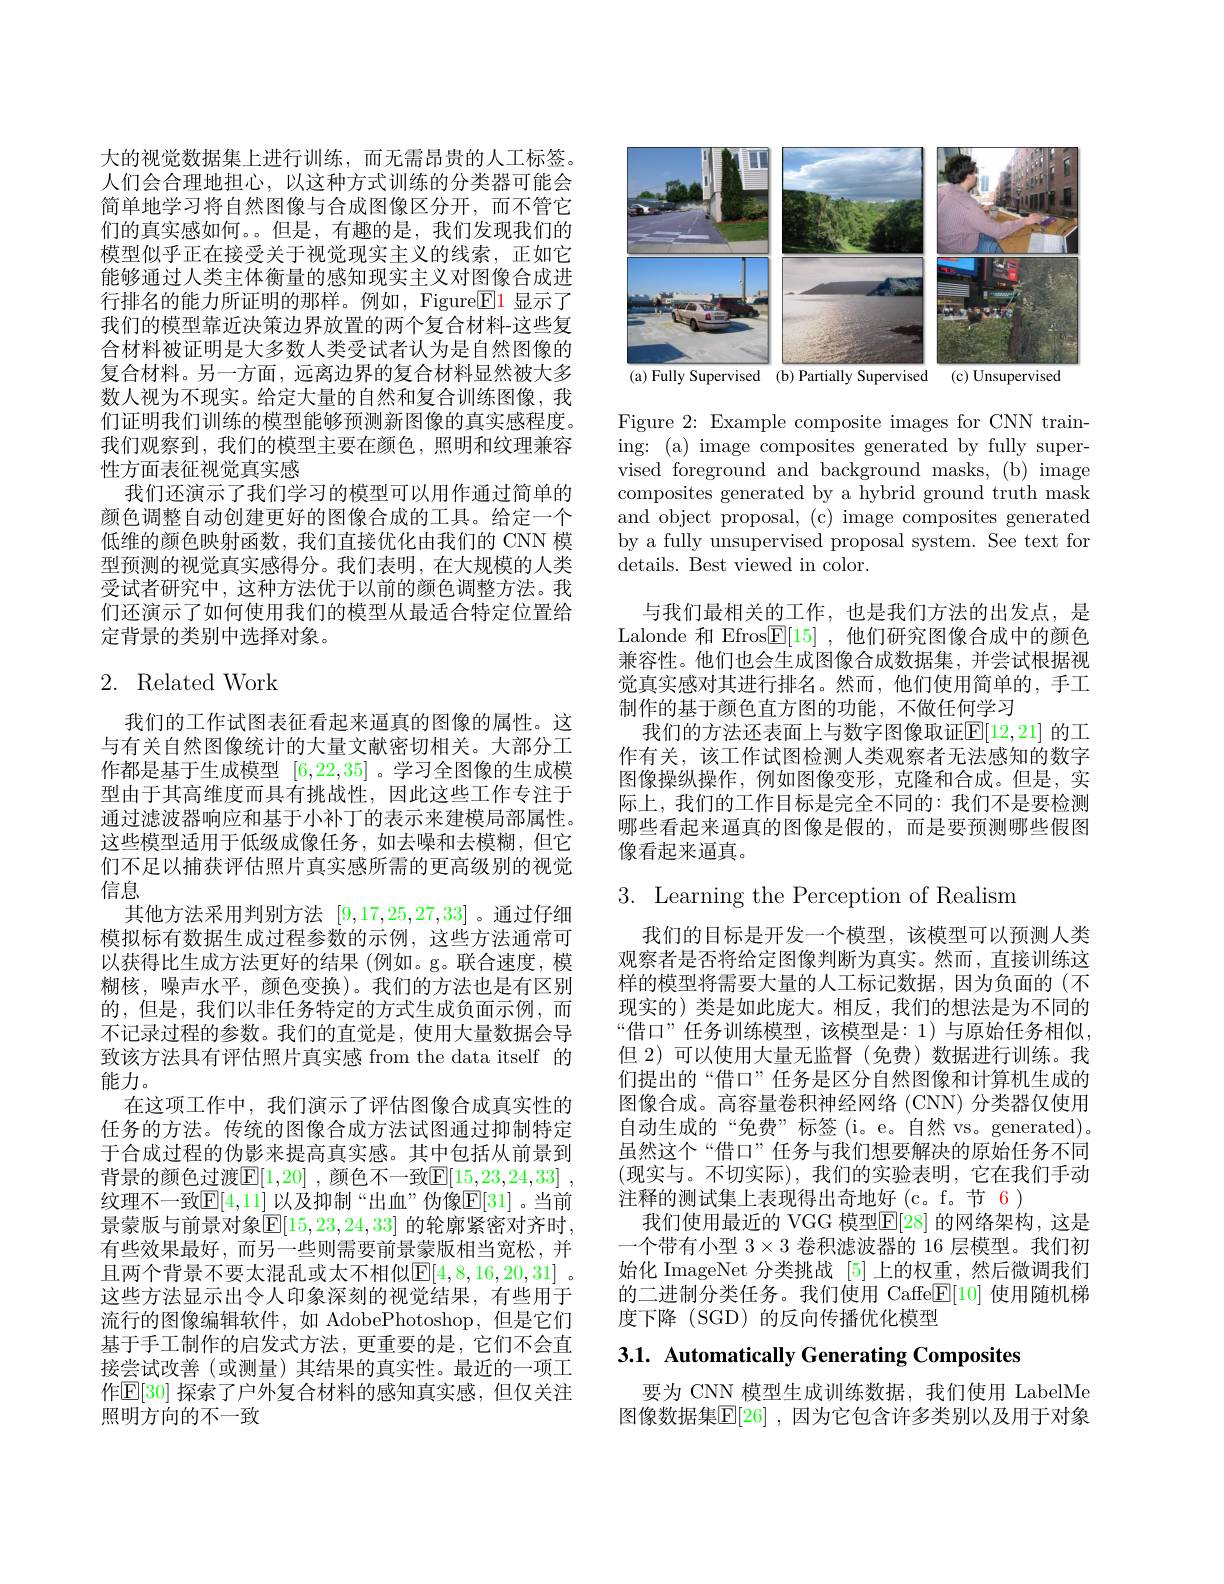
大的视觉数据集上进行训练，而无需昂贵的人工标签。人们会合理地担心，以这种方式训练的分类器可能会简单地学习将自然图像与合成图像区分开，而不管它们的真实感如何。。但是，有趣的是，我们发现我们的模型似乎正在接受关于视觉现实主义的线索，正如它能够通过人类主体衡量的感知现实主义对图像合成进行排名的能力所证明的那样。例如，Figure$\boxed{\mathrm{E}}1$显示了我们的模型靠近决策边界放置的两个复合材料-这些复合材料被证明是大多数人类受试者认为是自然图像的复合材料。另一方面，远离边界的复合材料显然被大多数人视为不现实。给定大量的自然和复合训练图像，我们证明我们训练的模型能够预测新图像的真实感程度。我们观察到，我们的模型主要在颜色，照明和纹理兼容性方面表征视觉真实感
我们还演示了我们学习的模型可以用作通过简单的颜色调整自动创建更好的图像合成的工具。给定一个低维的颜色映射函数，我们直接优化由我们的 CNN 模型预测的视觉真实感得分。我们表明，在大规模的人类受试者研究中，这种方法优于以前的颜色调整方法。我们还演示了如何使用我们的模型从最适合特定位置给定背景的类别中选择对象。

## 2. Related Work

我们的工作试图表征看起来逼真的图像的属性。这与有关自然图像统计的大量文献密切相关。大部分工作都是基于生成模型[6,22,35] 。学习全图像的生成模型由于其高维度而具有挑战性，因此这些工作专注于通过滤波器响应和基于小补丁的表示来建模局部属性。这些模型适用于低级成像任务，如去噪和去模糊，但它们不足以捕获评估照片真实感所需的更高级别的视觉信息
其他方法采用判别方法[9,17,25,27,33] 。通过仔细模拟标有数据生成过程参数的示例，这些方法通常可以获得比生成方法更好的结果 (例如。g。联合速度，模糊核，噪声水平，颜色变换)。我们的方法也是有区别的，但是，我们以非任务特定的方式生成负面示例，而不记录过程的参数。我们的直觉是，使用大量数据会导致该方法具有评估照片真实感 from the data itself 的能力。
在这项工作中，我们演示了评估图像合成真实性的任务的方法。传统的图像合成方法试图通过抑制特定于合成过程的伪影来提高真实感。其中包括从前景到背景的颜色过渡$\boxed{\mathrm{E}}[1,20]$ ,颜色不一致$\boxed{\mathrm{F}}[15,23,24,33]$ , 纹理不一致$\mathbb{E}[4,11]$ 以及抑制“出血”伪像$\mathbb{E}[31]$。当前景蒙版与前景对象$\mathbb{E}[15,23,24,33]$ 的轮廓紧密对齐时， 有些效果最好，而另一些则需要前景蒙版相当宽松，并且两个背景不要太混乱或太不相似$\mathbb{E}[4,8,16,20,31]$ 。这些方法显示出令人印象深刻的视觉结果，有些用于流行的图像编辑软件，如 AdobePhotoshop,但是它们基于手工制作的启发式方法，更重要的是，它们不会直接尝试改善(或测量)其结果的真实性。最近的一项工作$\mathbb{E}[30]$ 探索了户外复合材料的感知真实感，但仅关注照明方向的不一致

<FigureHere>

Figure 2: Example composite images for CNN training: (a) image composites generated by fully supervised foreground and background masks, (b) image composites generated by a hybrid ground truth mask and object proposal, (c) image composites generated by a fully unsupervised proposal system. See text for details. Best viewed in color.

与我们最相关的工作，也是我们方法的出发点，是Lalonde 和 Efros$\boxed{\mathbb{E}}[15]$ ,他们研究图像合成中的颜色兼容性。他们也会生成图像合成数据集，并尝试根据视觉真实感对其进行排名。然而，他们使用简单的，手工制作的基于颜色直方图的功能，不做任何学习
我们的方法还表面上与数字图像取证$\mathbb{E}[12,21]$ 的工作有关，该工作试图检测人类观察者无法感知的数字图像操纵操作，例如图像变形，克隆和合成。但是，实际上，我们的工作目标是完全不同的：我们不是要检测哪些看起来逼真的图像是假的，而是要预测哪些假图像看起来逼真。

3. Learning the Perception of Realism

我们的目标是开发一个模型，该模型可以预测人类观察者是否将给定图像判断为真实。然而，直接训练这样的模型将需要大量的人工标记数据，因为负面的(不现实的)类是如此庞大。相反，我们的想法是为不同的“借口”任务训练模型，该模型是：1)与原始任务相似， 但 2)可以使用大量无监督(免费)数据进行训练。我们提出的“借口”任务是区分自然图像和计算机生成的图像合成。高容量卷积神经网络 (CNN) 分类器仅使用自动生成的“免费”标签(i。e。自然 vs。generated)。虽然这个“借口”任务与我们想要解决的原始任务不同(现实与。不切实际),我们的实验表明，它在我们手动注释的测试集上表现得出奇地好(c。f。节 6)
我们使用最近的 VGG 模型$\mathbb{E}[28]$ 的网络架构，这是一个带有小型$3\times3$卷积滤波器的 16 层模型。我们初始化 ImageNet 分类挑战[5]上的权重，然后微调我们的二进制分类任务。我们使用 Caffe$\boxed[10]$使用随机梯度下降(SGD)的反向传播优化模型

3.1. Automatically Generating Composites

要为 CNN 模型生成训练数据，我们使用 LabelMe 图像数据集$\mathbb{E}[26]$ ,因为它包含许多类别以及用于对象